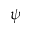
\psi